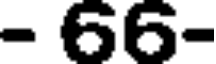
- 66-